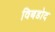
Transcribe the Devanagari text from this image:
विबडोद